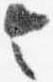
令